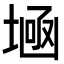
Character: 𡎕